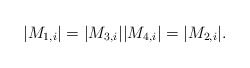
\begin{align*}|M_{1,i}|=|M_{3,i}| |M_{4,i}|=|M_{2,i}|.\end{align*}